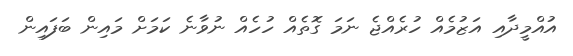
އުއްމީދާއި އަޒުމެއް ހުރެއްޖެ ނަމަ ގޮތެއް ހުހެއް ނުވާނެ ކަމަށް މައިން ބަފައިން